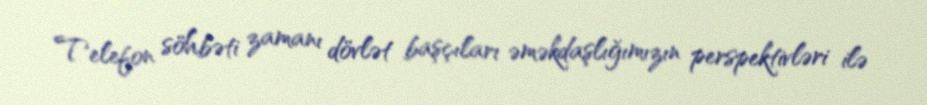
Telefon söhbəti zamanı dövlət başçıları əməkdaşlığımızın perspektivləri ilə